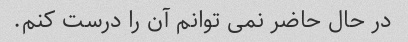
در حال حاضر نمی توانم آن را درست کنم.